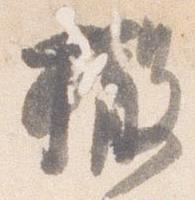
撤